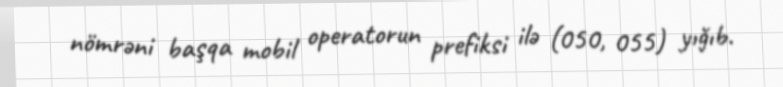
nömrəni başqa mobil operatorun prefiksi ilə (050, 055) yığıb.